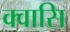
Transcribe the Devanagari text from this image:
क्वासि